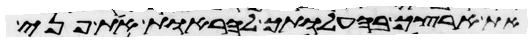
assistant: את ארצך בהעלותך להראות את פני